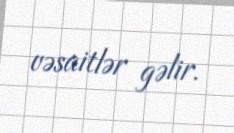
vəsaitlər gəlir.